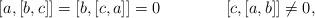
LaTeX: \begin{align*} [a,[b,c]] = [b,[c, a]] = 0\qquad\qquad[c,[a,b]] \neq 0, \end{align*}